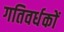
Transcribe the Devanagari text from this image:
गतिवर्धकों